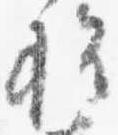
権